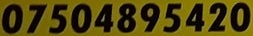
07504895420